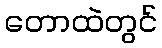
တောထဲတွင်